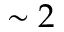
\sim 2